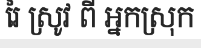
រៃ ស្រូវ ពី អ្នកស្រុក